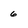
Character: 6